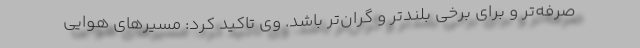
صرفه‌تر و برای برخی بلندتر و گران‌تر باشد. وی تاکید کرد: مسیرهای هوایی